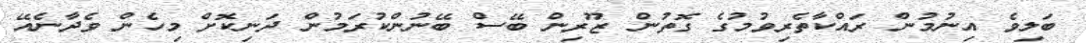
ބަލިވެ އިނުމުން ރައްކާތެރިވުމުގެ ގޮތުން ޒޫރިން ބޭސް ބޭނުންކުރަމުން ދަނިކޮށް މިހެން ވެދާނެއޭ